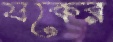
যকের